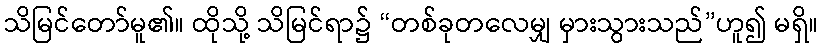
သိမြင်တော်မူ၏။ ထိုသို့ သိမြင်ရာ၌ “တစ်ခုတလေမျှ မှားသွားသည်”ဟူ၍ မရှိ။